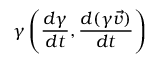
\gamma \left( { \frac { d \gamma } { d t } } , { \frac { d ( \gamma { \vec { v } } ) } { d t } } \right)